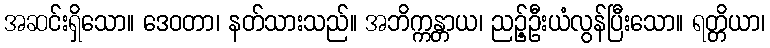
အဆင်းရှိသော။ ဒေဝတာ၊ နတ်သားသည်။ အဘိက္ကန္တာယ၊ ညဉ့်ဦးယံလွန်ပြီးသော။ ရတ္တိယာ၊